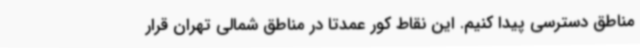
مناطق دسترسی پیدا کنیم. این نقاط کور عمدتا در مناطق شمالی تهران قرار